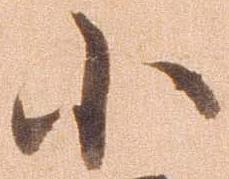
小